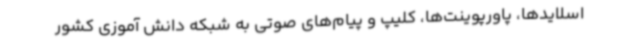
اسلایدها، پاورپوینت‌ها، کلیپ و پیام‌های صوتی به شبکه دانش آموزی کشور